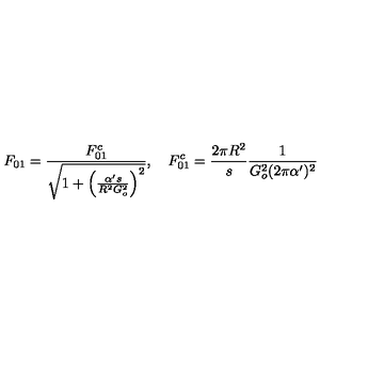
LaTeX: F _ { 0 1 } = \frac { F _ { 0 1 } ^ { c } } { \sqrt { 1 + \left( \frac { \alpha ^ { \prime } s } { R ^ { 2 } G _ { o } ^ { 2 } } \right) ^ { 2 } } } , \quad F _ { 0 1 } ^ { c } = \frac { 2 \pi R ^ { 2 } } { s } \frac { 1 } { G _ { o } ^ { 2 } ( 2 \pi \alpha ^ { \prime } ) ^ { 2 } }